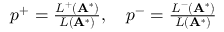
\begin{array} { r } { p ^ { + } = \frac { L ^ { + } ( \mathbf { A } ^ { * } ) } { L ( \mathbf { A } ^ { * } ) } , \quad p ^ { - } = \frac { L ^ { - } ( \mathbf { A } ^ { * } ) } { L ( \mathbf { A } ^ { * } ) } } \end{array}